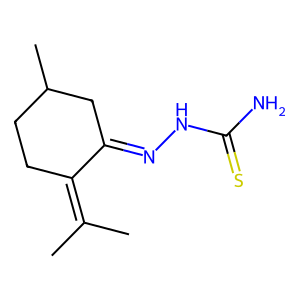
SMILES: CC(C)=C1CCC(C)CC1=NNC(N)=S
Inhibits HIV replication: No